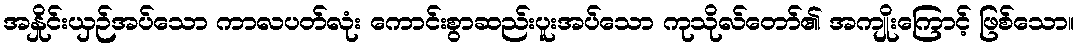
အနှိုင်းယှဉ်အပ်သော ကာလပတ်လုံး ကောင်းစွာဆည်းပူးအပ်သော ကုသိုလ်တော်၏ အကျိုးကြောင့် ဖြစ်သော။